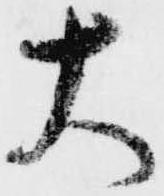
大